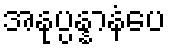
အနုပ္ပန္နာနံပေ